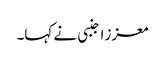
معزز اجنبی نے کہا۔